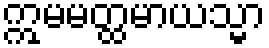
ဣမမတ္ထမာယသ္မာ